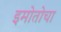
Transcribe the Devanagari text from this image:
इमोतोचा